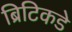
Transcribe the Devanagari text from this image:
ब्रिटिकडे